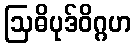
ဩဓိပုဒ်ဝိဂ္ဂဟ